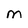
Character: M